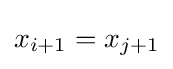
x_{i+1}=x_{j+1}